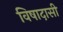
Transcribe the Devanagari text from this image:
विषादासी